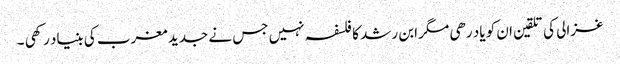
غزالی کی تلقین ان کو یاد رھی مگر ابن رشد کا فلسفہ نہیں جس نے جدید مغرب کی بنیاد رکھی ۔